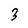
Character: 3